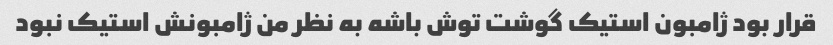
قرار بود ژامبون استیک گوشت توش باشه به نظر من ژامبونش استیک نبود